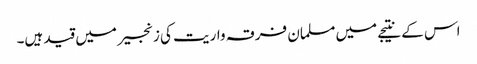
اس کے نتیجے میں مسلمان فرقہ واریت کی زنجیر میں قید ہیں۔